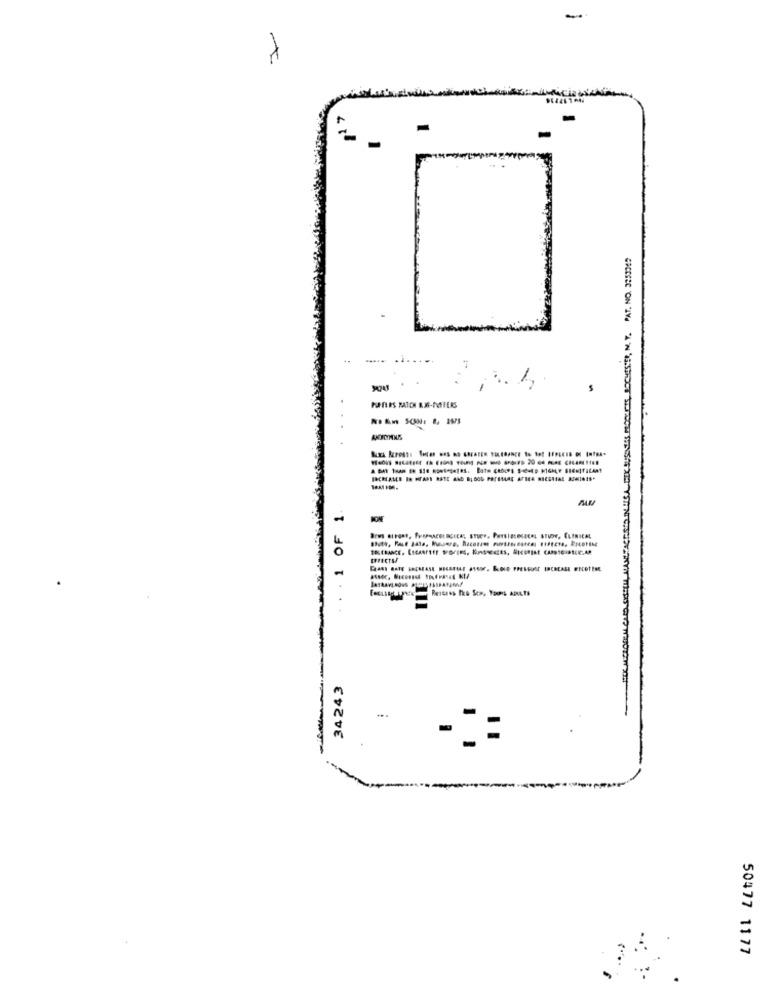
-
-
..... .......
1 OF 1
34243
-..
50477 1177